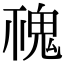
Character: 𩲚